Vaccination United Provinces of Agra and Oudh 1902-1913 - 1902-1913
Year: 1902
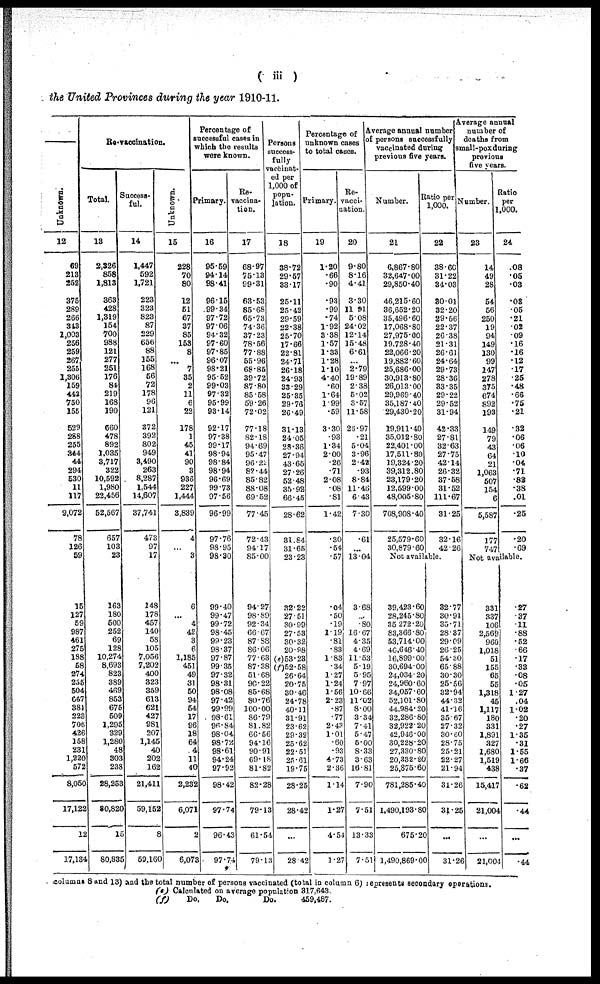
( iii )
the United Provinces during the year 1910-11.
Unknown.
12
69
213
252
375
289
266
313
1,003
256
259
267
255
1,306
159
442
750
155
529
288
255
344
44
294
530
11
117
9,072
78
126
59
15
127
59
987
461
275
188
58
274
255
504
667
381
223
706
426
158
231
1,220
572
8,050
17,122
12
17,134
Re-vaccination.
Total.
13
2,326
858
1,813
363
428
1,319
154
700
988
121
277
251
176
84
219
168
190
660
478
892
1,035
3,717
322
10,592
1,980
22,456
52,567
657
103
23
163
180
500
252
69
128
10,274
8,693
823
389
469
853
675
509
1,295
329
1,280
48
303
238
28,253
80,820
15
80,835
Success-
ful.
14
1,447
592
1,721
223
323
823
87
229
656
88
155
168
56
72
178
96
121
372
392
802
949
3,490
263
8,287
1,544
14,607
37,741
473
97
17
148
178
457
140
58
105
7,056
7,202
400
323
359
613
621
427
981
207
1,145
40
202
162
21,411
59,152
8
69,160
Unknown.
15
228
70
80
12
51
67
37
85
153
8
...
7
35
2
11
6
22
178
1
45
41
90
3
936
227
1,444
3,839
4
...
3
6
...
4
42
3
6
1,185
451
49
31
50
94
54
17
96
18
64
4
11
40
2,232
6,071
2
6,073
Percentage of
successful cases in
which the results
were known.
Primary.
16
95.59
94.14
98.41
96.15
99.34
97.72
97.06
94.32
97.60
97.85
96.07
98.21
95.62
99.03
97.32
95.99
93.14
92.17
97.38
99.17
98.94
98.84
98.94
96.69
99.73
97.56
96.99
97.76
98.95
98.30
99.40
99.47
99.72
98.45
99.23
98.37
97.87
99.35
97.32
98.31
98.08
97.42
99.99
98.61
96.84
98.04
98.72
98.61
94.24
97.92
98.42
97.74
96.43
97.74
Re-
vaccina-
tion.
17
68.97
75.13
99.31
63.53
85.68
65.73
74.36
37.23
78.56
77.88
55.96
68.86
39.72
87.80
85.58
59.26
72.02
77.18
82.18
94.69
95.47
96.22
82.44
85.82
88.08
69.52
77.45
72.43
94.17
85.00
94.27
98.89
92.34
66.67
87.88
86.06
77.63
87.38
51.68
90.22
85.68
80.76
100.00
86.79
81.82
66.56
94.16
90.91
69.18
81.82
82.28
79.13
61.54
79.13
Persons
success-
fully
vaccinat-
ed per
1,000 of
popu-
lation.
18
38.72
29.57
33.17
25.11
25.42
29.59
22.38
25.70
17.66
22.81
24.71
26.18
24.93
33.29
25.35
29.76
26.49
31.13
24.05
28.36
27.94
43.66
27.26
52.48
36.92
66.45
28.62
31.84
31.65
23.23
32.22
27.51
30.99
27.53
30.32
20.98
(e) 53.23
(f)52.58
26.64
20.75
30.46
24.78
40.11
31.91
23.62
29.32
26.62
22.51
25.61
19.75
28.25
28.42
...
28.42
Percentage of
unknown cases
to total cases.
Primary.
19
1.20
.66
.90
.93
.99
.74
1.92
3.38
1.57
1.33
1.28
1.10
4.40
.60
1.64
1.99
.59
3.30
.93
1.34
2.00
.26
.71
2.08
.08
.81
1.42
.30
.54
.57
.04
.50
.19
1.19
.81
.83
1.83
.34
1.27
1.24
1.56
2.23
.87
.77
2.43
1.01
.60
.93
4.73
2.36
1.14
1.27
4.54
1.27
Re-
vacci-
nation.
20
9.80
8.16
4.41
3.30
11.91
5.08
24.02
12.14
15.48
6.61
...
2.79
19.89
2.38
5.02
3.67
11.58
25.97
.21
5.04
3.96
2.42
.93
8.84
11.46
6.43
7.30
.61
...
13.04
3.68
...
.80
16.67
4.35
4.69
11.53
5.19
5.95
7.97
10.66
11.02
8.00
3.34
7.41
5.47
5.00
8.33
3.63
16.81
7.90
7.51
13.33
7.51
Average annual number
of persons successfully
vaccinated during
previous five years.
Number.
21
6,867.80
32,647.00
29,850.40
46,215.60
36,652.20
35,496.60
17,068.80
27,975.00
19,728.40
22,066.20
19,882.60
25,686.00
30,913.80
26,013.00
29,969.40
35,187.40
29,430.20
19,911.40
35,012.80
22,401.00
17,511.80
19,324.20
39,312.80
23,179.20
12,599.00
48,005.80
708,908.40
25,579.60
30,879.60
Ratio per
1,000.
22
38.60
31.22
34.03
30.01
32.20
29.66
22.37
26.38
21.31
26.61
24.64
29.73
28.36
33.35
29.22
29.52
31.94
42.33
27.81
32.63
27.75
42.14
26.32
37.58
31.52
111.67
31.25
32.16
42.26
Not available.
39,423.60
28,245.80
35,272.20
83,366.80
53,714.00
40,646.40
16,899.00
30,694.00
24,034.20
24,960.60
34,057.60
52,101.80
44,984.20
32,286.80
32,922 20
42,946.00
30,228.20
27,330.80
20,332.20
25,875.60
781,285.40
1,490,193.80
675.20
1,490,869.00
32.77
30.91
30.71
28.37
29.09
26.25
54.30
65.88
30.30
25.56
32.94
44.32
41.16
35.67
27.32
30.60
28.75
25.21
22.27
21.94
31.26
31.25
...
31.26
Average annual
number of
deaths from
small-pox during
previous
five years.
Number.
23
14
49
28
54
56
250
19
94
149
130
99
147
278
375
674
892
193
149
79
43
64
21
1,063
507
154
6
5,587
177
747
Ratio
per
1,000.
24
.08
.05
.03
.03
.05
.21
.02
.09
.16
.16
.12
.17
.25
.48
.66
.75
.21
.32
.06
.06
.10
.04
.71
.82
.38
.01
.25
.20
.69
Not available.
331
337
106
2,569
960
1,018
51
155
65
55
1,318
45
1,117
180
331
1,891
327
1,680
1,519
438
15,417
21,004
...
21,004
.27
.37
.11
.88
.52
.66
.17
.33
.08
.05
1.27
.04
1.02
.20
.27
1.35
.31
1.65
1.66
.37
.62
.44
...
.44
columns 8 and 13) and the total number of persons vaccinated (total in column 6) repreaents secondary operations.
(e) Calculated on average population 317,643.
(f)
Do.
Do.
Do.
459,487.